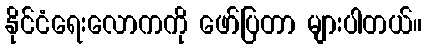
နိုင်ငံရေးလောကကို ဖော်ပြတာ များပါတယ်။